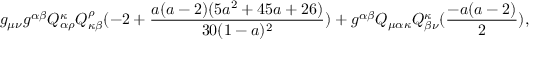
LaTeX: g _ { \mu \nu } g ^ { \alpha \beta } Q _ { \alpha \rho } ^ { \kappa } Q _ { \kappa \beta } ^ { \rho } ( - 2 + \frac { a ( a - 2 ) ( 5 a ^ { 2 } + 4 5 a + 2 6 ) } { 3 0 ( 1 - a ) ^ { 2 } } ) + g ^ { \alpha \beta } Q _ { \mu \alpha \kappa } Q _ { \beta \nu } ^ { \kappa } ( \frac { - a ( a - 2 ) } { 2 } ) ,